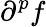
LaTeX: \partial^{p}f